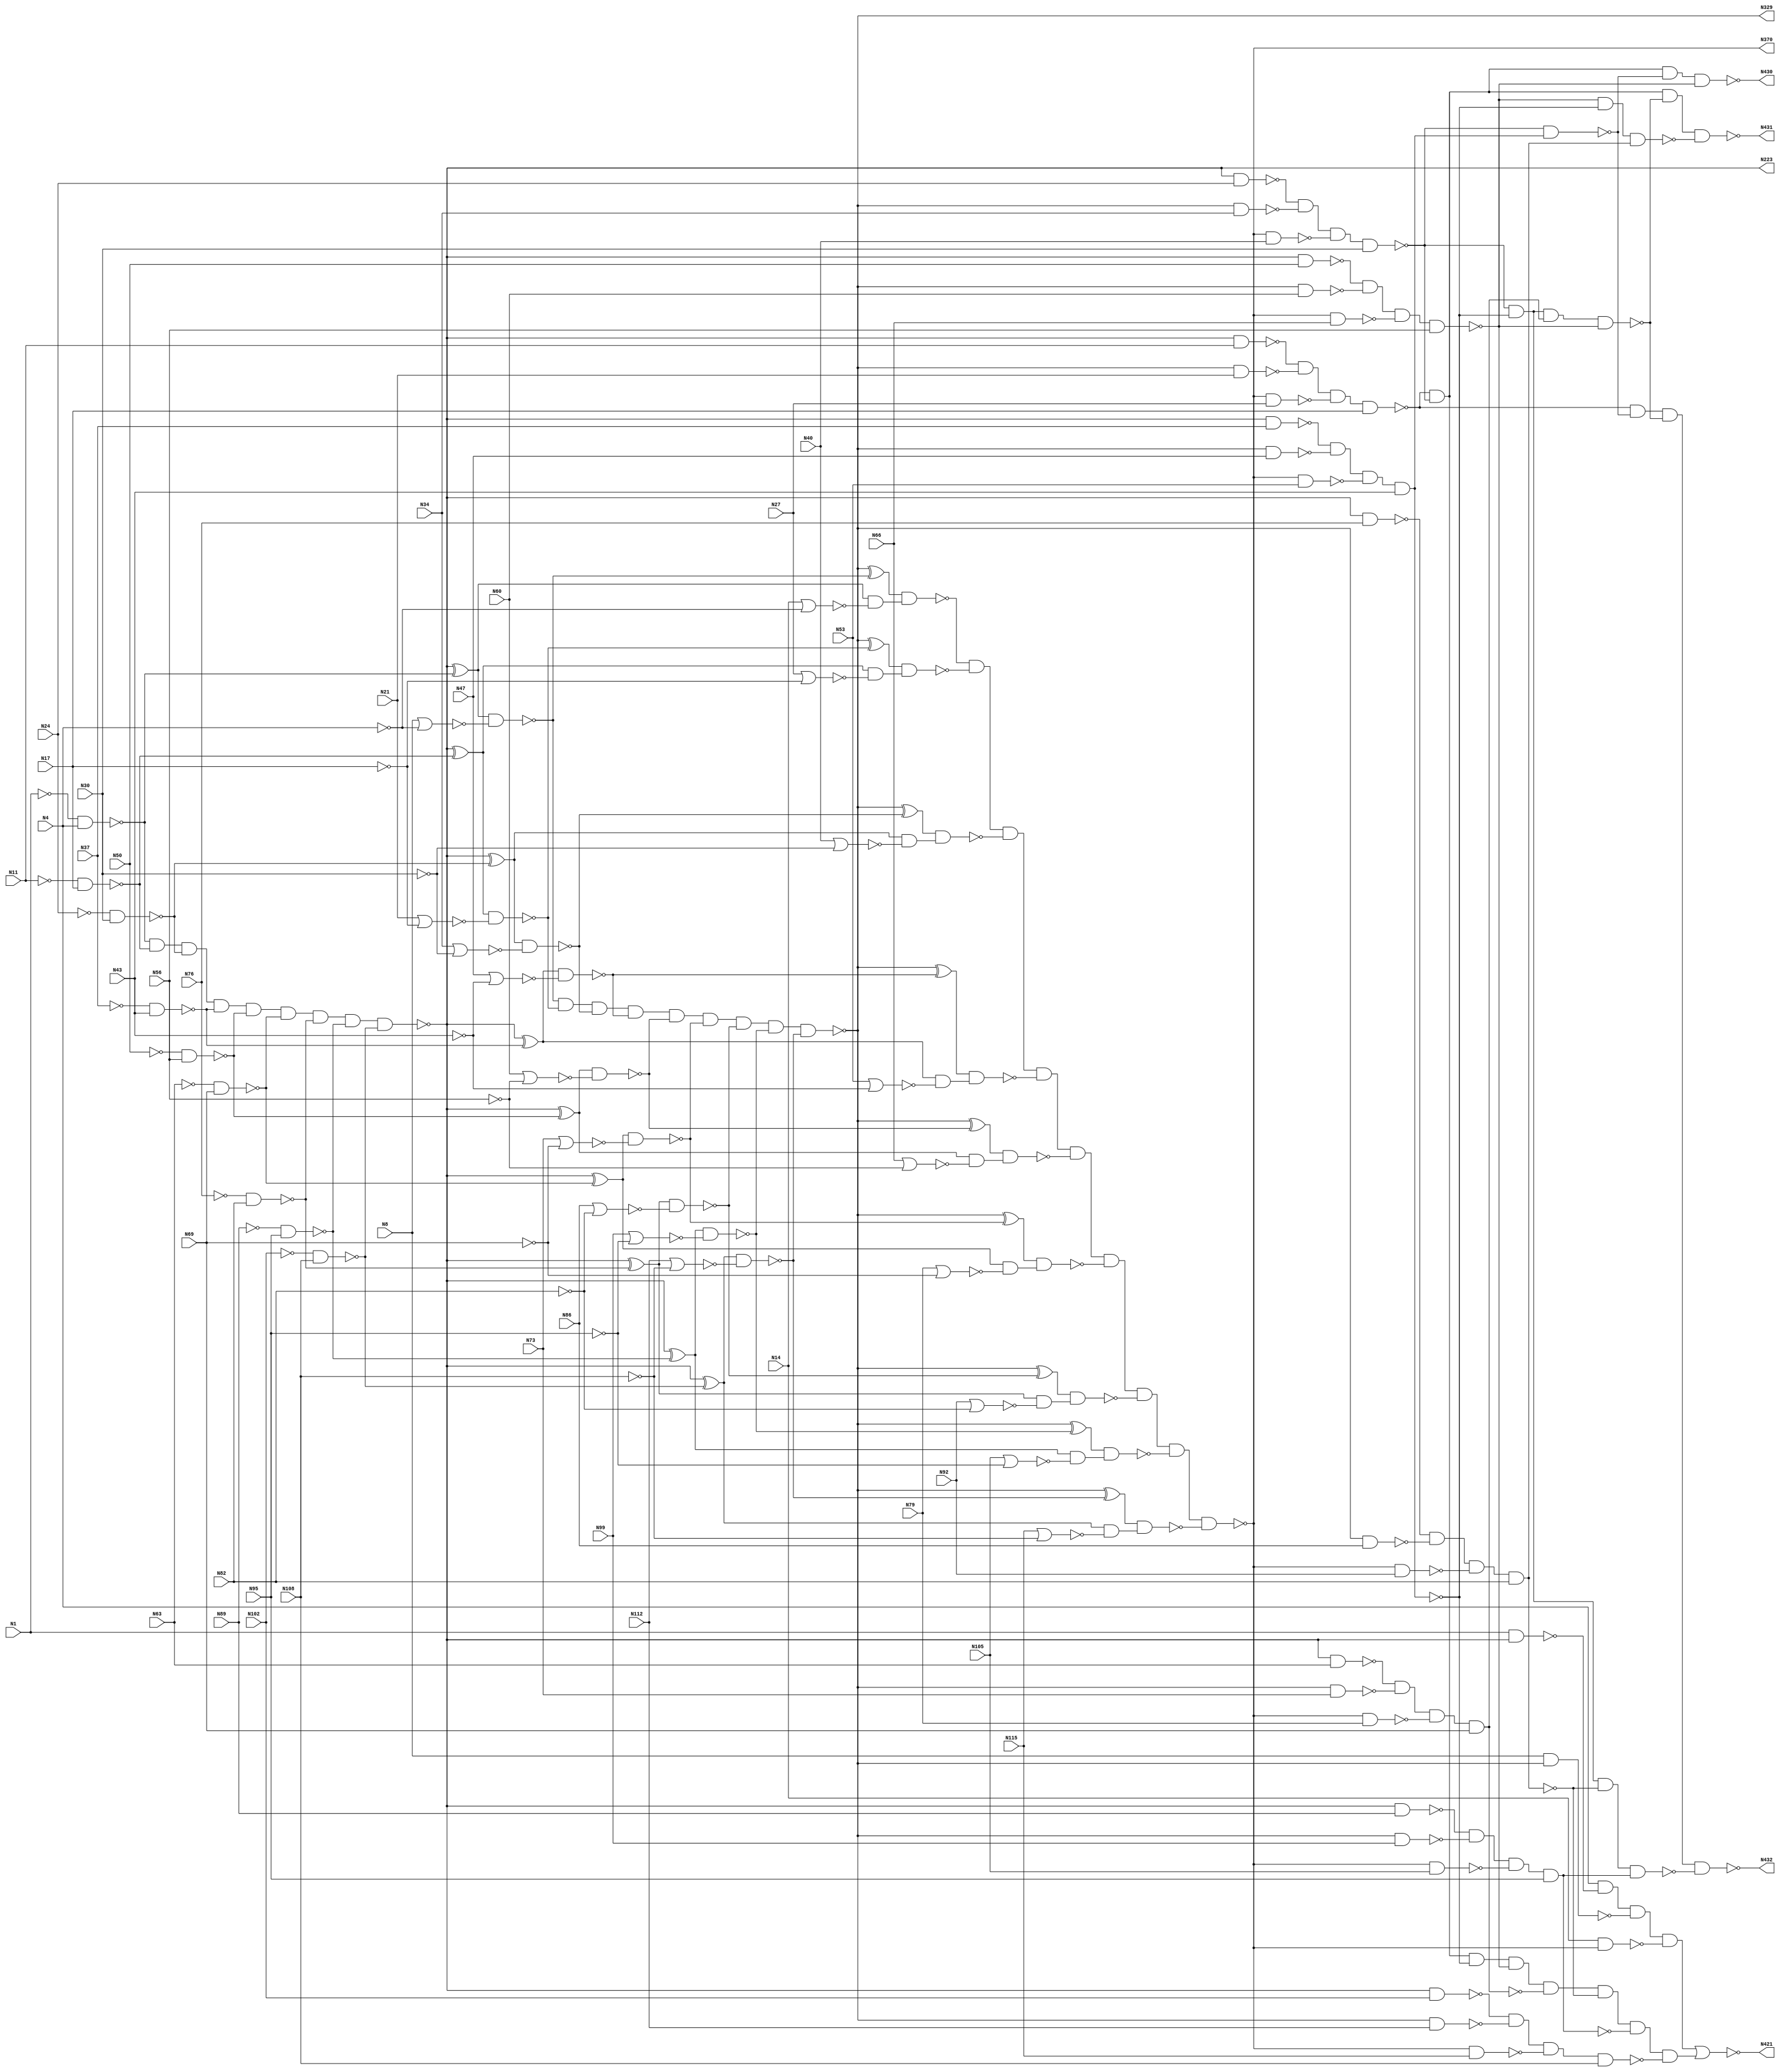
module c432 (N1, N4, N8, N11, N14, N17, N21, N24, N27, N30, 
             N34, N37, N40, N43, N47, N50, N53, N56, N60, N63, 
             N66, N69, N73, N76, N79, N82, N86, N89, N92, N95, 
             N99, N102, N105, N108, N112, N115, N223, N329, N370, N421, 
             N430, N431, N432);

input N1, N4, N8, N11, N14, N17, N21, N24, N27, N30, 
      N34, N37, N40, N43, N47, N50, N53, N56, N60, N63, 
      N66, N69, N73, N76, N79, N82, N86, N89, N92, N95, 
      N99, N102, N105, N108, N112, N115;

output N223, N329, N370, N421, N430, N431, N432;

wire N118, N119, N122, N123, N126, N127, N130, N131, N134, N135, 
     N138, N139, N142, N143, N146, N147, N150, N151, N154, N157, 
     N158, N159, N162, N165, N168, N171, N174, N177, N180, N183, 
     N184, N185, N186, N187, N188, N189, N190, N191, N192, N193, 
     N194, N195, N196, N197, N198, N199, N203, N213, N224, N227, 
     N230, N233, N236, N239, N242, N243, N246, N247, N250, N251, 
     N254, N255, N256, N257, N258, N259, N260, N263, N264, N267, 
     N270, N273, N276, N279, N282, N285, N288, N289, N290, N291, 
     N292, N293, N294, N295, N296, N300, N301, N302, N303, N304, 
     N305, N306, N307, N308, N309, N319, N330, N331, N332, N333, 
     N334, N335, N336, N337, N338, N339, N340, N341, N342, N343, 
     N344, N345, N346, N347, N348, N349, N350, N351, N352, N353, 
     N354, N355, N356, N357, N360, N371, N372, N373, N374, N375, 
     N376, N377, N378, N379, N380, N381, N386, N393, N399, N404, 
     N407, N411, N414, N415, N416, N417, N418, N419, N420, N422, 
     N425, N428, N429;

not NOT1_1 (N118, N1);
not NOT1_2 (N119, N4);
not NOT1_3 (N122, N11);
not NOT1_4 (N123, N17);
not NOT1_5 (N126, N24);
not NOT1_6 (N127, N30);
not NOT1_7 (N130, N37);
not NOT1_8 (N131, N43);
not NOT1_9 (N134, N50);
not NOT1_10 (N135, N56);
not NOT1_11 (N138, N63);
not NOT1_12 (N139, N69);
not NOT1_13 (N142, N76);
not NOT1_14 (N143, N82);
not NOT1_15 (N146, N89);
not NOT1_16 (N147, N95);
not NOT1_17 (N150, N102);
not NOT1_18 (N151, N108);
nand NAND2_19 (N154, N118, N4);
nor NOR2_20 (N157, N8, N119);
nor NOR2_21 (N158, N14, N119);
nand NAND2_22 (N159, N122, N17);
nand NAND2_23 (N162, N126, N30);
nand NAND2_24 (N165, N130, N43);
nand NAND2_25 (N168, N134, N56);
nand NAND2_26 (N171, N138, N69);
nand NAND2_27 (N174, N142, N82);
nand NAND2_28 (N177, N146, N95);
nand NAND2_29 (N180, N150, N108);
nor NOR2_30 (N183, N21, N123);
nor NOR2_31 (N184, N27, N123);
nor NOR2_32 (N185, N34, N127);
nor NOR2_33 (N186, N40, N127);
nor NOR2_34 (N187, N47, N131);
nor NOR2_35 (N188, N53, N131);
nor NOR2_36 (N189, N60, N135);
nor NOR2_37 (N190, N66, N135);
nor NOR2_38 (N191, N73, N139);
nor NOR2_39 (N192, N79, N139);
nor NOR2_40 (N193, N86, N143);
nor NOR2_41 (N194, N92, N143);
nor NOR2_42 (N195, N99, N147);
nor NOR2_43 (N196, N105, N147);
nor NOR2_44 (N197, N112, N151);
nor NOR2_45 (N198, N115, N151);
and AND9_46 (N199, N154, N159, N162, N165, N168, N171, N174, N177, N180);
not NOT1_47 (N203, N199);
not NOT1_48 (N213, N199);
not NOT1_49 (N223, N199);
xor XOR2_50 (N224, N203, N154);
xor XOR2_51 (N227, N203, N159);
xor XOR2_52 (N230, N203, N162);
xor XOR2_53 (N233, N203, N165);
xor XOR2_54 (N236, N203, N168);
xor XOR2_55 (N239, N203, N171);
nand NAND2_56 (N242, N1, N213);
xor XOR2_57 (N243, N203, N174);
nand NAND2_58 (N246, N213, N11);
xor XOR2_59 (N247, N203, N177);
nand NAND2_60 (N250, N213, N24);
xor XOR2_61 (N251, N203, N180);
nand NAND2_62 (N254, N213, N37);
nand NAND2_63 (N255, N213, N50);
nand NAND2_64 (N256, N213, N63);
nand NAND2_65 (N257, N213, N76);
nand NAND2_66 (N258, N213, N89);
nand NAND2_67 (N259, N213, N102);
nand NAND2_68 (N260, N224, N157);
nand NAND2_69 (N263, N224, N158);
nand NAND2_70 (N264, N227, N183);
nand NAND2_71 (N267, N230, N185);
nand NAND2_72 (N270, N233, N187);
nand NAND2_73 (N273, N236, N189);
nand NAND2_74 (N276, N239, N191);
nand NAND2_75 (N279, N243, N193);
nand NAND2_76 (N282, N247, N195);
nand NAND2_77 (N285, N251, N197);
nand NAND2_78 (N288, N227, N184);
nand NAND2_79 (N289, N230, N186);
nand NAND2_80 (N290, N233, N188);
nand NAND2_81 (N291, N236, N190);
nand NAND2_82 (N292, N239, N192);
nand NAND2_83 (N293, N243, N194);
nand NAND2_84 (N294, N247, N196);
nand NAND2_85 (N295, N251, N198);
and AND9_86 (N296, N260, N264, N267, N270, N273, N276, N279, N282, N285);
not NOT1_87 (N300, N263);
not NOT1_88 (N301, N288);
not NOT1_89 (N302, N289);
not NOT1_90 (N303, N290);
not NOT1_91 (N304, N291);
not NOT1_92 (N305, N292);
not NOT1_93 (N306, N293);
not NOT1_94 (N307, N294);
not NOT1_95 (N308, N295);
not NOT1_96 (N309, N296);
not NOT1_97 (N319, N296);
not NOT1_98 (N329, N296);
xor XOR2_99 (N330, N309, N260);
xor XOR2_100 (N331, N309, N264);
xor XOR2_101 (N332, N309, N267);
xor XOR2_102 (N333, N309, N270);
nand NAND2_103 (N334, N8, N319);
xor XOR2_104 (N335, N309, N273);
nand NAND2_105 (N336, N319, N21);
xor XOR2_106 (N337, N309, N276);
nand NAND2_107 (N338, N319, N34);
xor XOR2_108 (N339, N309, N279);
nand NAND2_109 (N340, N319, N47);
xor XOR2_110 (N341, N309, N282);
nand NAND2_111 (N342, N319, N60);
xor XOR2_112 (N343, N309, N285);
nand NAND2_113 (N344, N319, N73);
nand NAND2_114 (N345, N319, N86);
nand NAND2_115 (N346, N319, N99);
nand NAND2_116 (N347, N319, N112);
nand NAND2_117 (N348, N330, N300);
nand NAND2_118 (N349, N331, N301);
nand NAND2_119 (N350, N332, N302);
nand NAND2_120 (N351, N333, N303);
nand NAND2_121 (N352, N335, N304);
nand NAND2_122 (N353, N337, N305);
nand NAND2_123 (N354, N339, N306);
nand NAND2_124 (N355, N341, N307);
nand NAND2_125 (N356, N343, N308);
and AND9_126 (N357, N348, N349, N350, N351, N352, N353, N354, N355, N356);
not NOT1_127 (N360, N357);
not NOT1_128 (N370, N357);
nand NAND2_129 (N371, N14, N360);
nand NAND2_130 (N372, N360, N27);
nand NAND2_131 (N373, N360, N40);
nand NAND2_132 (N374, N360, N53);
nand NAND2_133 (N375, N360, N66);
nand NAND2_134 (N376, N360, N79);
nand NAND2_135 (N377, N360, N92);
nand NAND2_136 (N378, N360, N105);
nand NAND2_137 (N379, N360, N115);
nand NAND4_138 (N380, N4, N242, N334, N371);
nand NAND4_139 (N381, N246, N336, N372, N17);
nand NAND4_140 (N386, N250, N338, N373, N30);
nand NAND4_141 (N393, N254, N340, N374, N43);
nand NAND4_142 (N399, N255, N342, N375, N56);
nand NAND4_143 (N404, N256, N344, N376, N69);
nand NAND4_144 (N407, N257, N345, N377, N82);
nand NAND4_145 (N411, N258, N346, N378, N95);
nand NAND4_146 (N414, N259, N347, N379, N108);
not NOT1_147 (N415, N380);
and AND8_148 (N416, N381, N386, N393, N399, N404, N407, N411, N414);
not NOT1_149 (N417, N393);
not NOT1_150 (N418, N404);
not NOT1_151 (N419, N407);
not NOT1_152 (N420, N411);
nor NOR2_153 (N421, N415, N416);
nand NAND2_154 (N422, N386, N417);
nand NAND4_155 (N425, N386, N393, N418, N399);
nand NAND3_156 (N428, N399, N393, N419);
nand NAND4_157 (N429, N386, N393, N407, N420);
nand NAND4_158 (N430, N381, N386, N422, N399);
nand NAND4_159 (N431, N381, N386, N425, N428);
nand NAND4_160 (N432, N381, N422, N425, N429);

endmodule